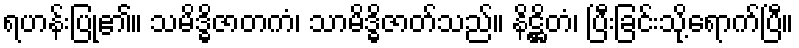
ရဟန်းပြု၏။ သမိဒ္ဓိဇာတကံ၊ သာမိဒ္ဓိဇာတ်သည်။ နိဋ္ဌိတံ၊ ပြီးခြင်းသို့ရောက်ပြီ။